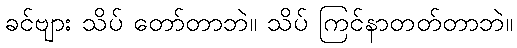
ခင်ဗျား သိပ် တော်တာဘဲ။ သိပ် ကြင်နာတတ်တာဘဲ။